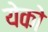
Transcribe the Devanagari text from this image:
येको